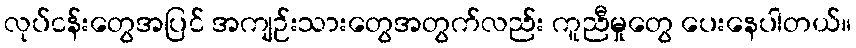
လုပ်ငန်းတွေအပြင် အကျဉ်းသားတွေအတွက်လည်း ကူညီမှုတွေ ပေးနေပါတယ်။